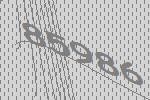
85986